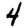
Digit: 4